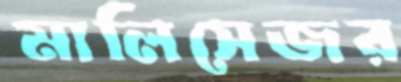
মালিসেজর